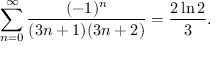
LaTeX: \sum _ { n = 0 } ^ { \infty } { \frac { ( - 1 ) ^ { n } } { ( 3 n + 1 ) ( 3 n + 2 ) } } = { \frac { 2 \ln 2 } { 3 } } .